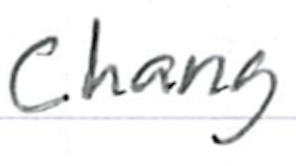
Text: Chang
Cross-out: clean
Writing tool: ballpoint